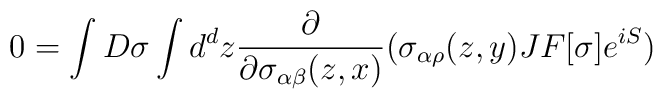
0=\int D\sigma \int d^{d}z {\partial\over\partial\sigma_{\alpha\beta} (z,x)}(\sigma_{\alpha\rho} (z,y) J F[\sigma ]e^{iS})